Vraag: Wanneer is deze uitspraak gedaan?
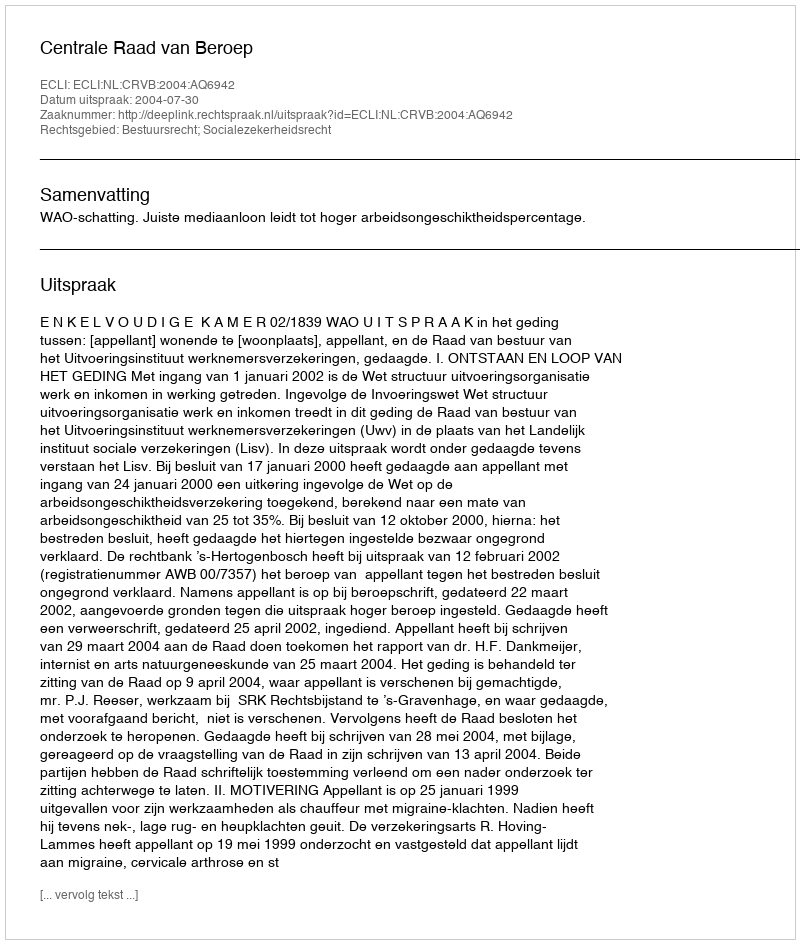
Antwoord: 2004-07-30